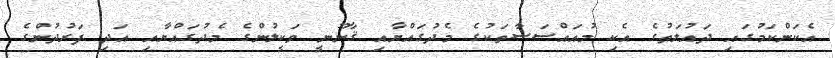
އެކަންކަމުގައި ދައުލަތުގެ އެކި މުއައްސަސާތަކުގެ މެދުގައްޔާއި ޤާނޫނީ ވަކީލުންގެ މެދުގައްޔާއި އަދި ފަރުދުންގެ